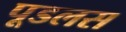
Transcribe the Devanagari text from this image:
पूडलस